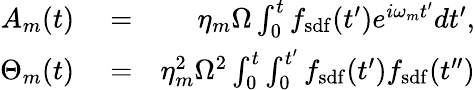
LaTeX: \begin{array}{rlr}{A_{m}(t)}&{{}=}&{\eta_{m}\Omega\int_{0}^{t}f_{\mathrm{sdf}}(t^{\prime})e^{i\omega_{m}t^{\prime}}dt^{\prime},}\\ {\Theta_{m}(t)}&{{}=}&{\eta_{m}^{2}\Omega^{2}\int_{0}^{t}\int_{0}^{t^{\prime}}f_{\mathrm{sdf}}(t^{\prime})f_{\mathrm{sdf}}(t^{\prime\prime})}\end{array}